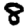
Digit: 8